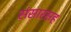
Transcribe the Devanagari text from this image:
संसारसह